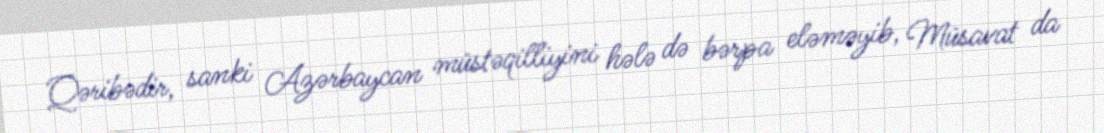
Qəribədir, sanki Azərbaycan müstəqilliyini hələ də bərpa eləməyib, Müsavat da